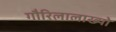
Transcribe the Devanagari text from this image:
गौरिलालाख्यो